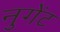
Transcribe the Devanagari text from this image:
नुगेंट